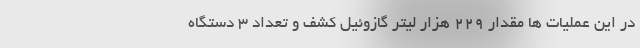
در این عملیات ها مقدار ۲۲۹ هزار لیتر گازوئیل کشف و تعداد ۳ دستگاه